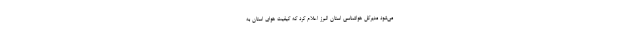
می‌شود مدیرکل هواشناسی استان البرز اعلام کرد که کیفیت هوای استان به